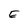
Character: E